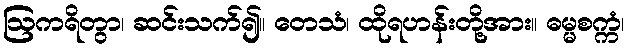
ဩကရိတွာ၊ ဆင်းသက်၍။ တေသံ၊ ထိုရဟန်းတို့အား။ ဓမ္မစက္ကံ၊